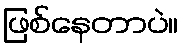
ဖြစ်နေတာပဲ။